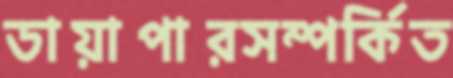
ডায়াপারসম্পর্কিত